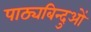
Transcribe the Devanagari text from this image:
पाठ्यबिन्दुओं